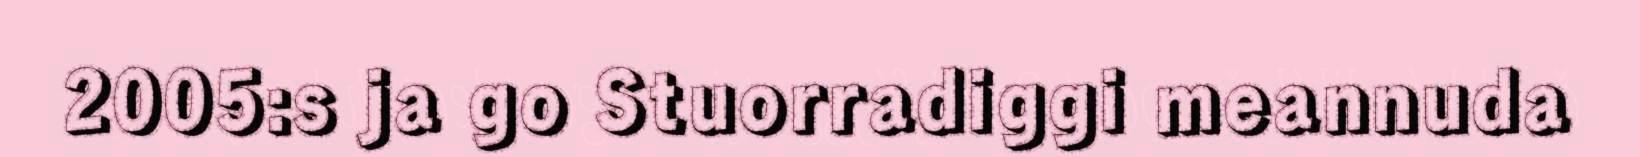
2005:s ja go Stuorradiggi meannuda